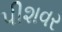
પીશવર